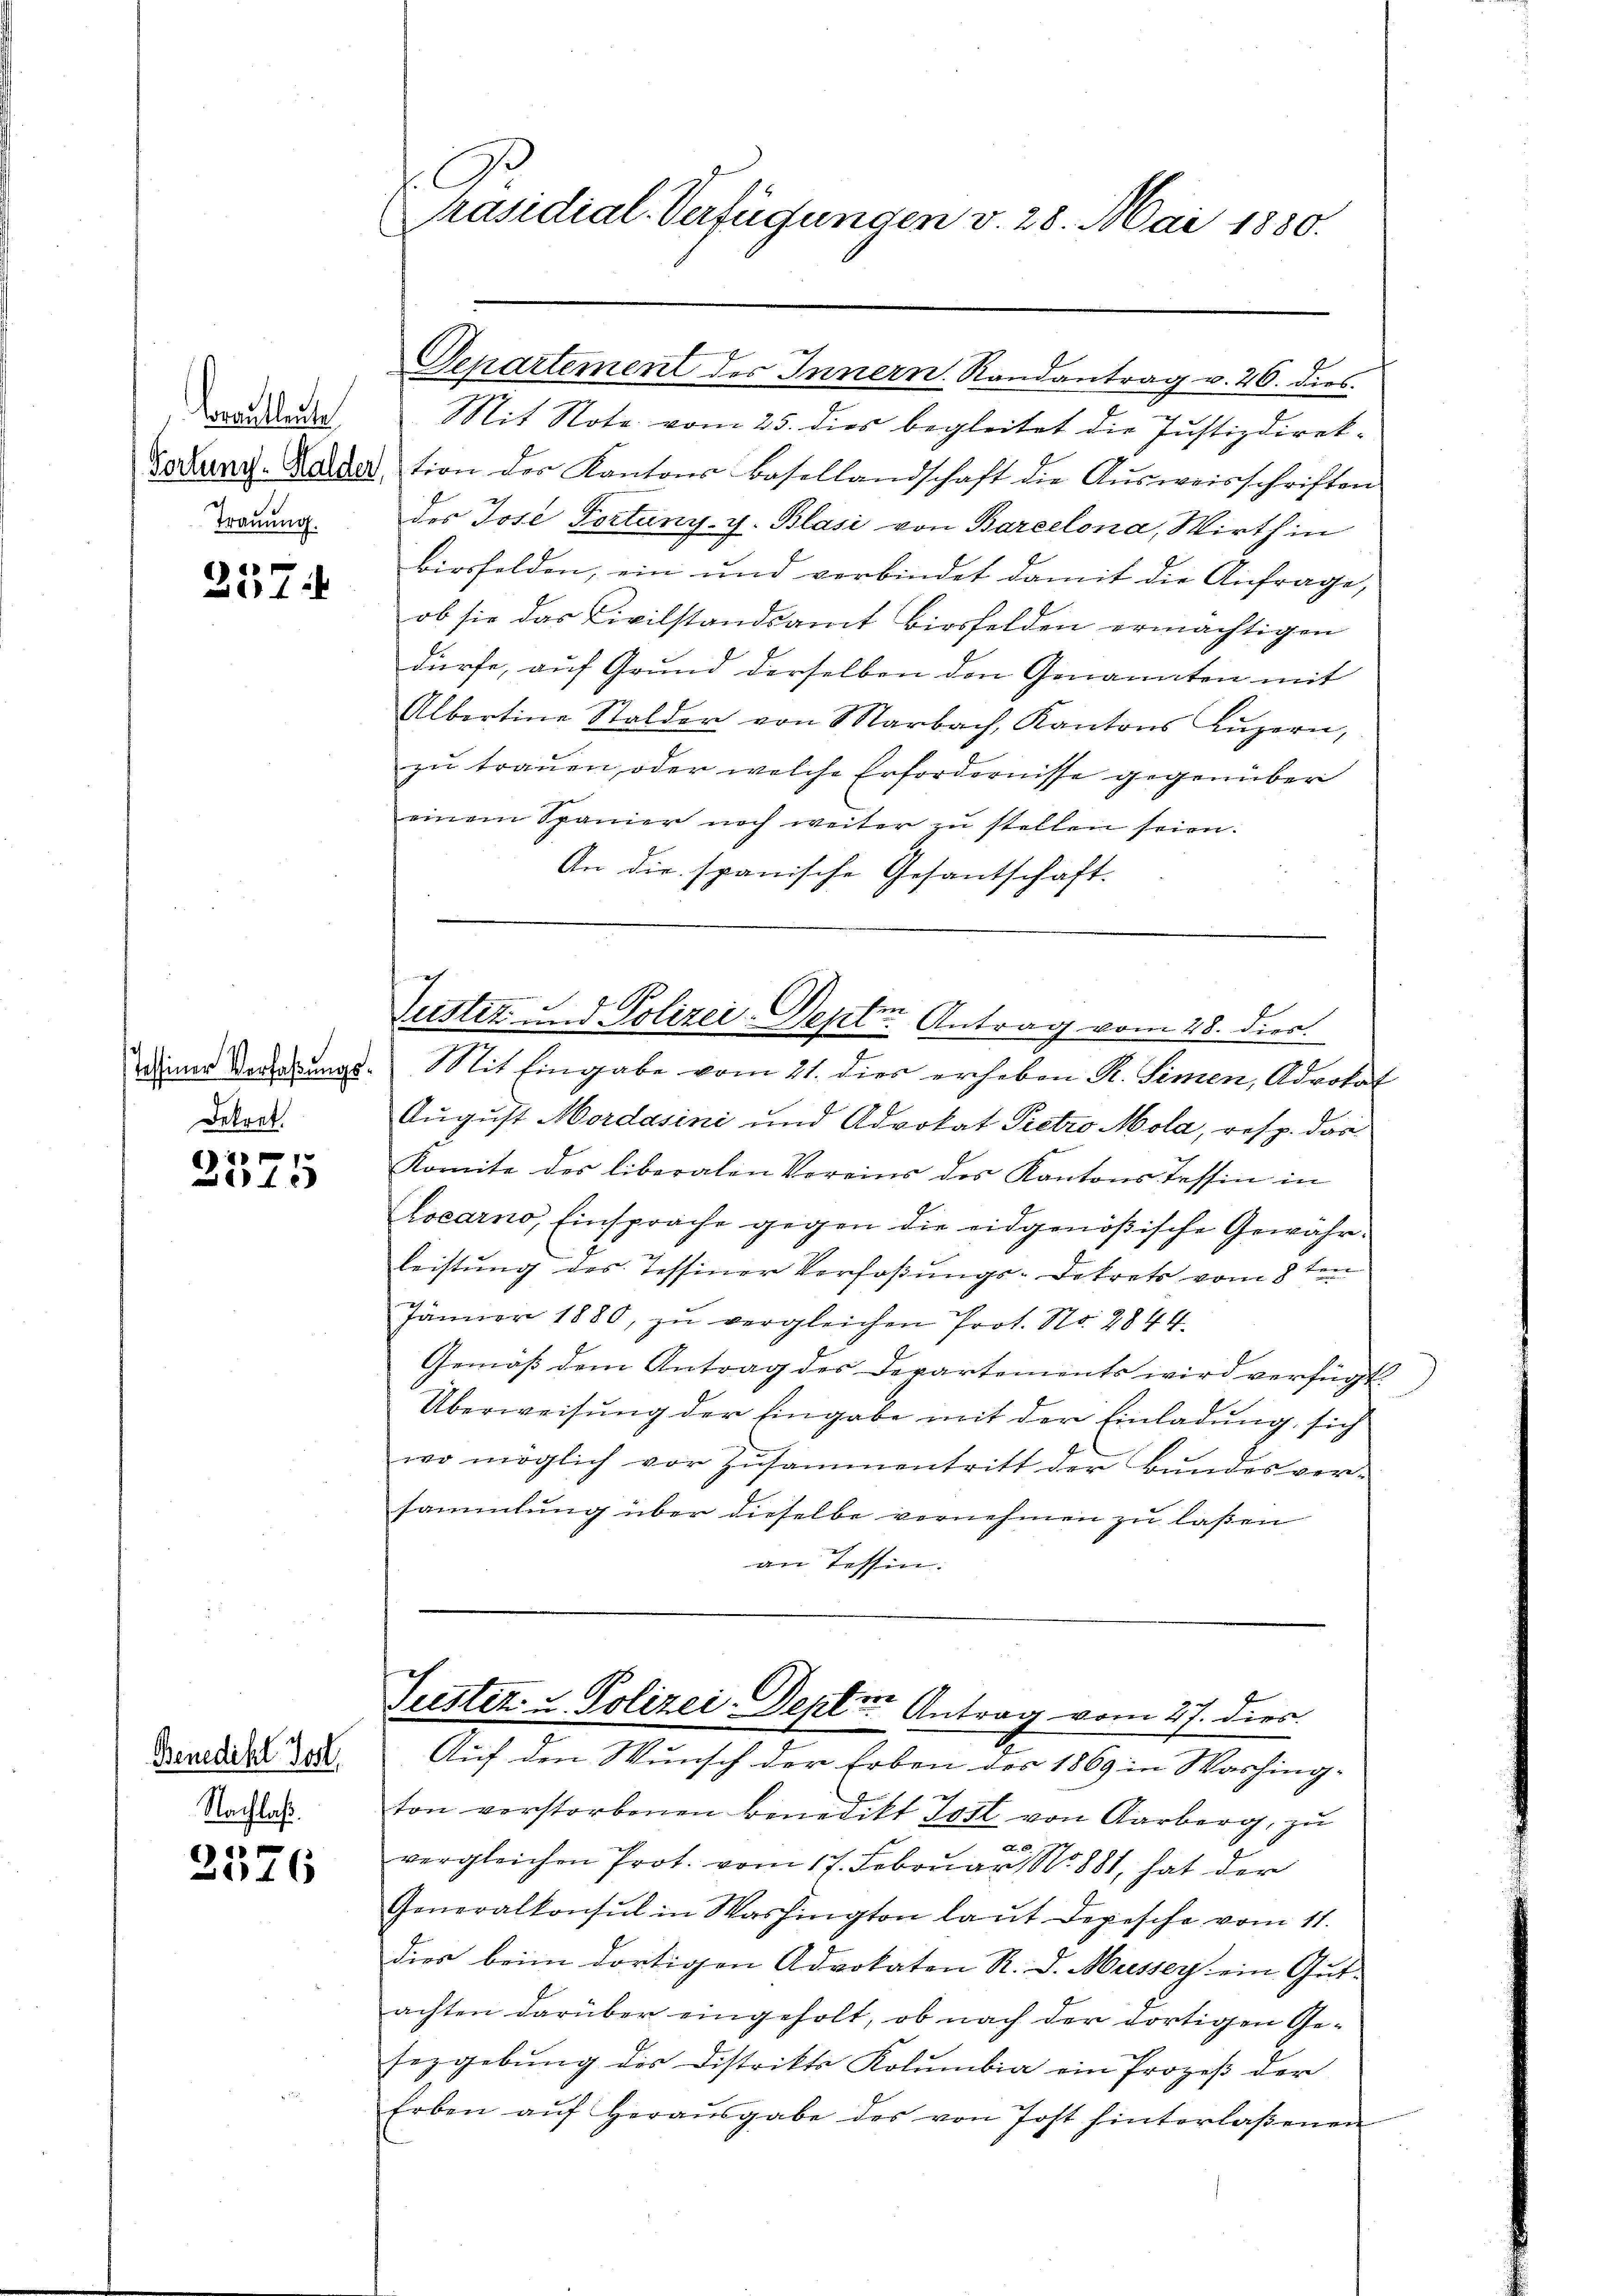
Brautleute
Trauung.

257

Dekret.

2575

Benedikt Jost,
Nachlaß.

e
)
16

l
Präsidial-Verfügungen v. 28. Mai 1880.

Separtement des Innern. Randantrag v. 26. dies

Mit Note vom 25. dies begleitet die Justizdirek¬
Toxung-Ladation des Kantons Basellandschaft die Aŭsweisschriften
des Jose Fortung- y. Blasi von Barcelona, Wirth in
birsfelden, ein und verbindet damit die Anfrage,
ob sie das Civilstandsamt Birsfelden ermächtigen
dürfe, auf Grund derselben den Genannten mit
Albertine Stalder von Marbach, Kantons Luzern,
zu trauen, oder welche Erfordernisse gegenüber
einem Spanier noch weiter zŭ stellen seien.
An die spanische Gesantschaft.

1
Justiz und Polizei-Septe Antrag vom 28. dies

Auf den Wunsch der Erben des 1869 in Washing-
ton vorstorbenen Benedikt Jost von Aarberg, zu
vergleichen Prot. vom 17. Februar 1881, hat der
Generalkonsul in Washington laut Depesche vom 11.
dies beim dortigen Advokaten R. d. Musser ein Gutachten darüber eingeholt, ob nach der dortigen Gesezgebung des Distrikts Kolumbia ein Prozeß der
Erben aŭf heraŭsgabe des von Post hinterlaßenen

Deiner Verehrungs- Mit Eingabe vom 21. dies erheben R. Simen, Advokat
August Mordasini und Advokat Petro Mola, resp. dar
Komite des liberalen Voreins des Kantons Tessin in
Locarno, Einsprache gegen die eidgenößische Gewähr-
leistung des Tessiner Verfaßungs-Dekrets vom 8ten
Jänner 1880, zu vergleichen Prot. No. 284 f.
Gemäß dem Antrag des Departements wird verfügt:
Überweisung der Eingabe mit der Einladung, sich
wo möglich vor Zŭsammentritt der Bundesver-
sammlung über dieselbe vornehmen zu laßen
an Tessin.

Justiz- & Polizei-Septer Antrag vom 27. dies